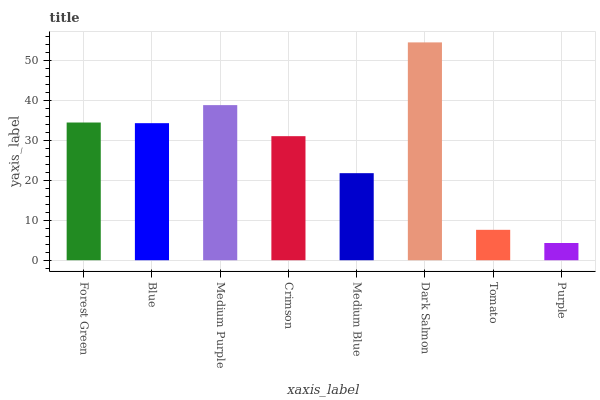
| xaxis_label | bars |
 | --- | --- |
 | Forest Green | 34.5 |
 | Blue | 34.4 |
 | Medium Purple | 38.9 |
 | Crimson | 31.1 |
 | Medium Blue | 21.8 |
 | Dark Salmon | 54.6 |
 | Tomato | 7.63 |
 | Purple | 4.32 |